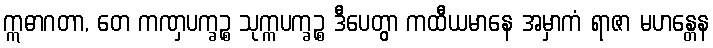
ဣဓာဂတာ, တေ ကဏှပက္ခဉ္စ သုက္ကပက္ခဉ္စ ဒီပေတွာ ကထီယမာနေ အမှာကံ ရာဇာ မဟန္တေန